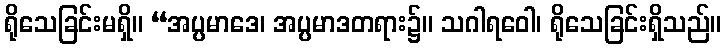
ရိုသေခြင်းမရှိ။ “အပ္ပမာဒေ၊ အပ္ပမာဒတရား၌။ သဂါရဝေါ၊ ရိုသေခြင်းရှိသည်။